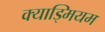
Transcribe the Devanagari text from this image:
क्याड्मियम